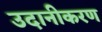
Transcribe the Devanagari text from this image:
उदानीकरण